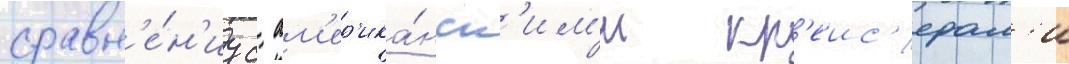
сравн'е́н'иу с ам'ер'ика́нск'им'и кр'еис'ерам'и